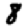
Digit: 8